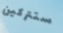
ستتركين